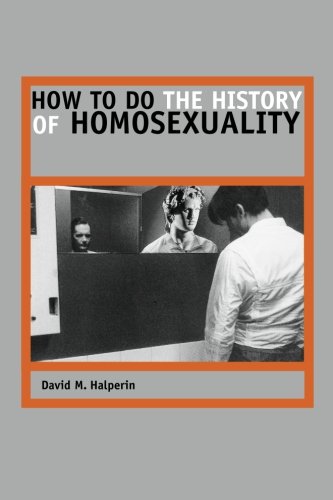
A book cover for How to Do the History of Homosexuality; David M. Halperin; Gay & Lesbian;